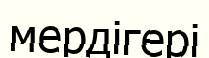
мердігері